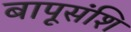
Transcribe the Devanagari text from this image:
बापूसंशि